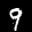
Label: 9